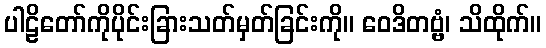
ပါဠိတော်ကိုပိုင်းခြားသတ်မှတ်ခြင်းကို။ ဝေဒိတဗ္ဗံ၊ သိထိုက်။